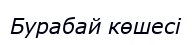
Бурабай көшесі